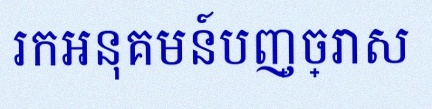
រកអនុគមន៍បញ្ច្រាស